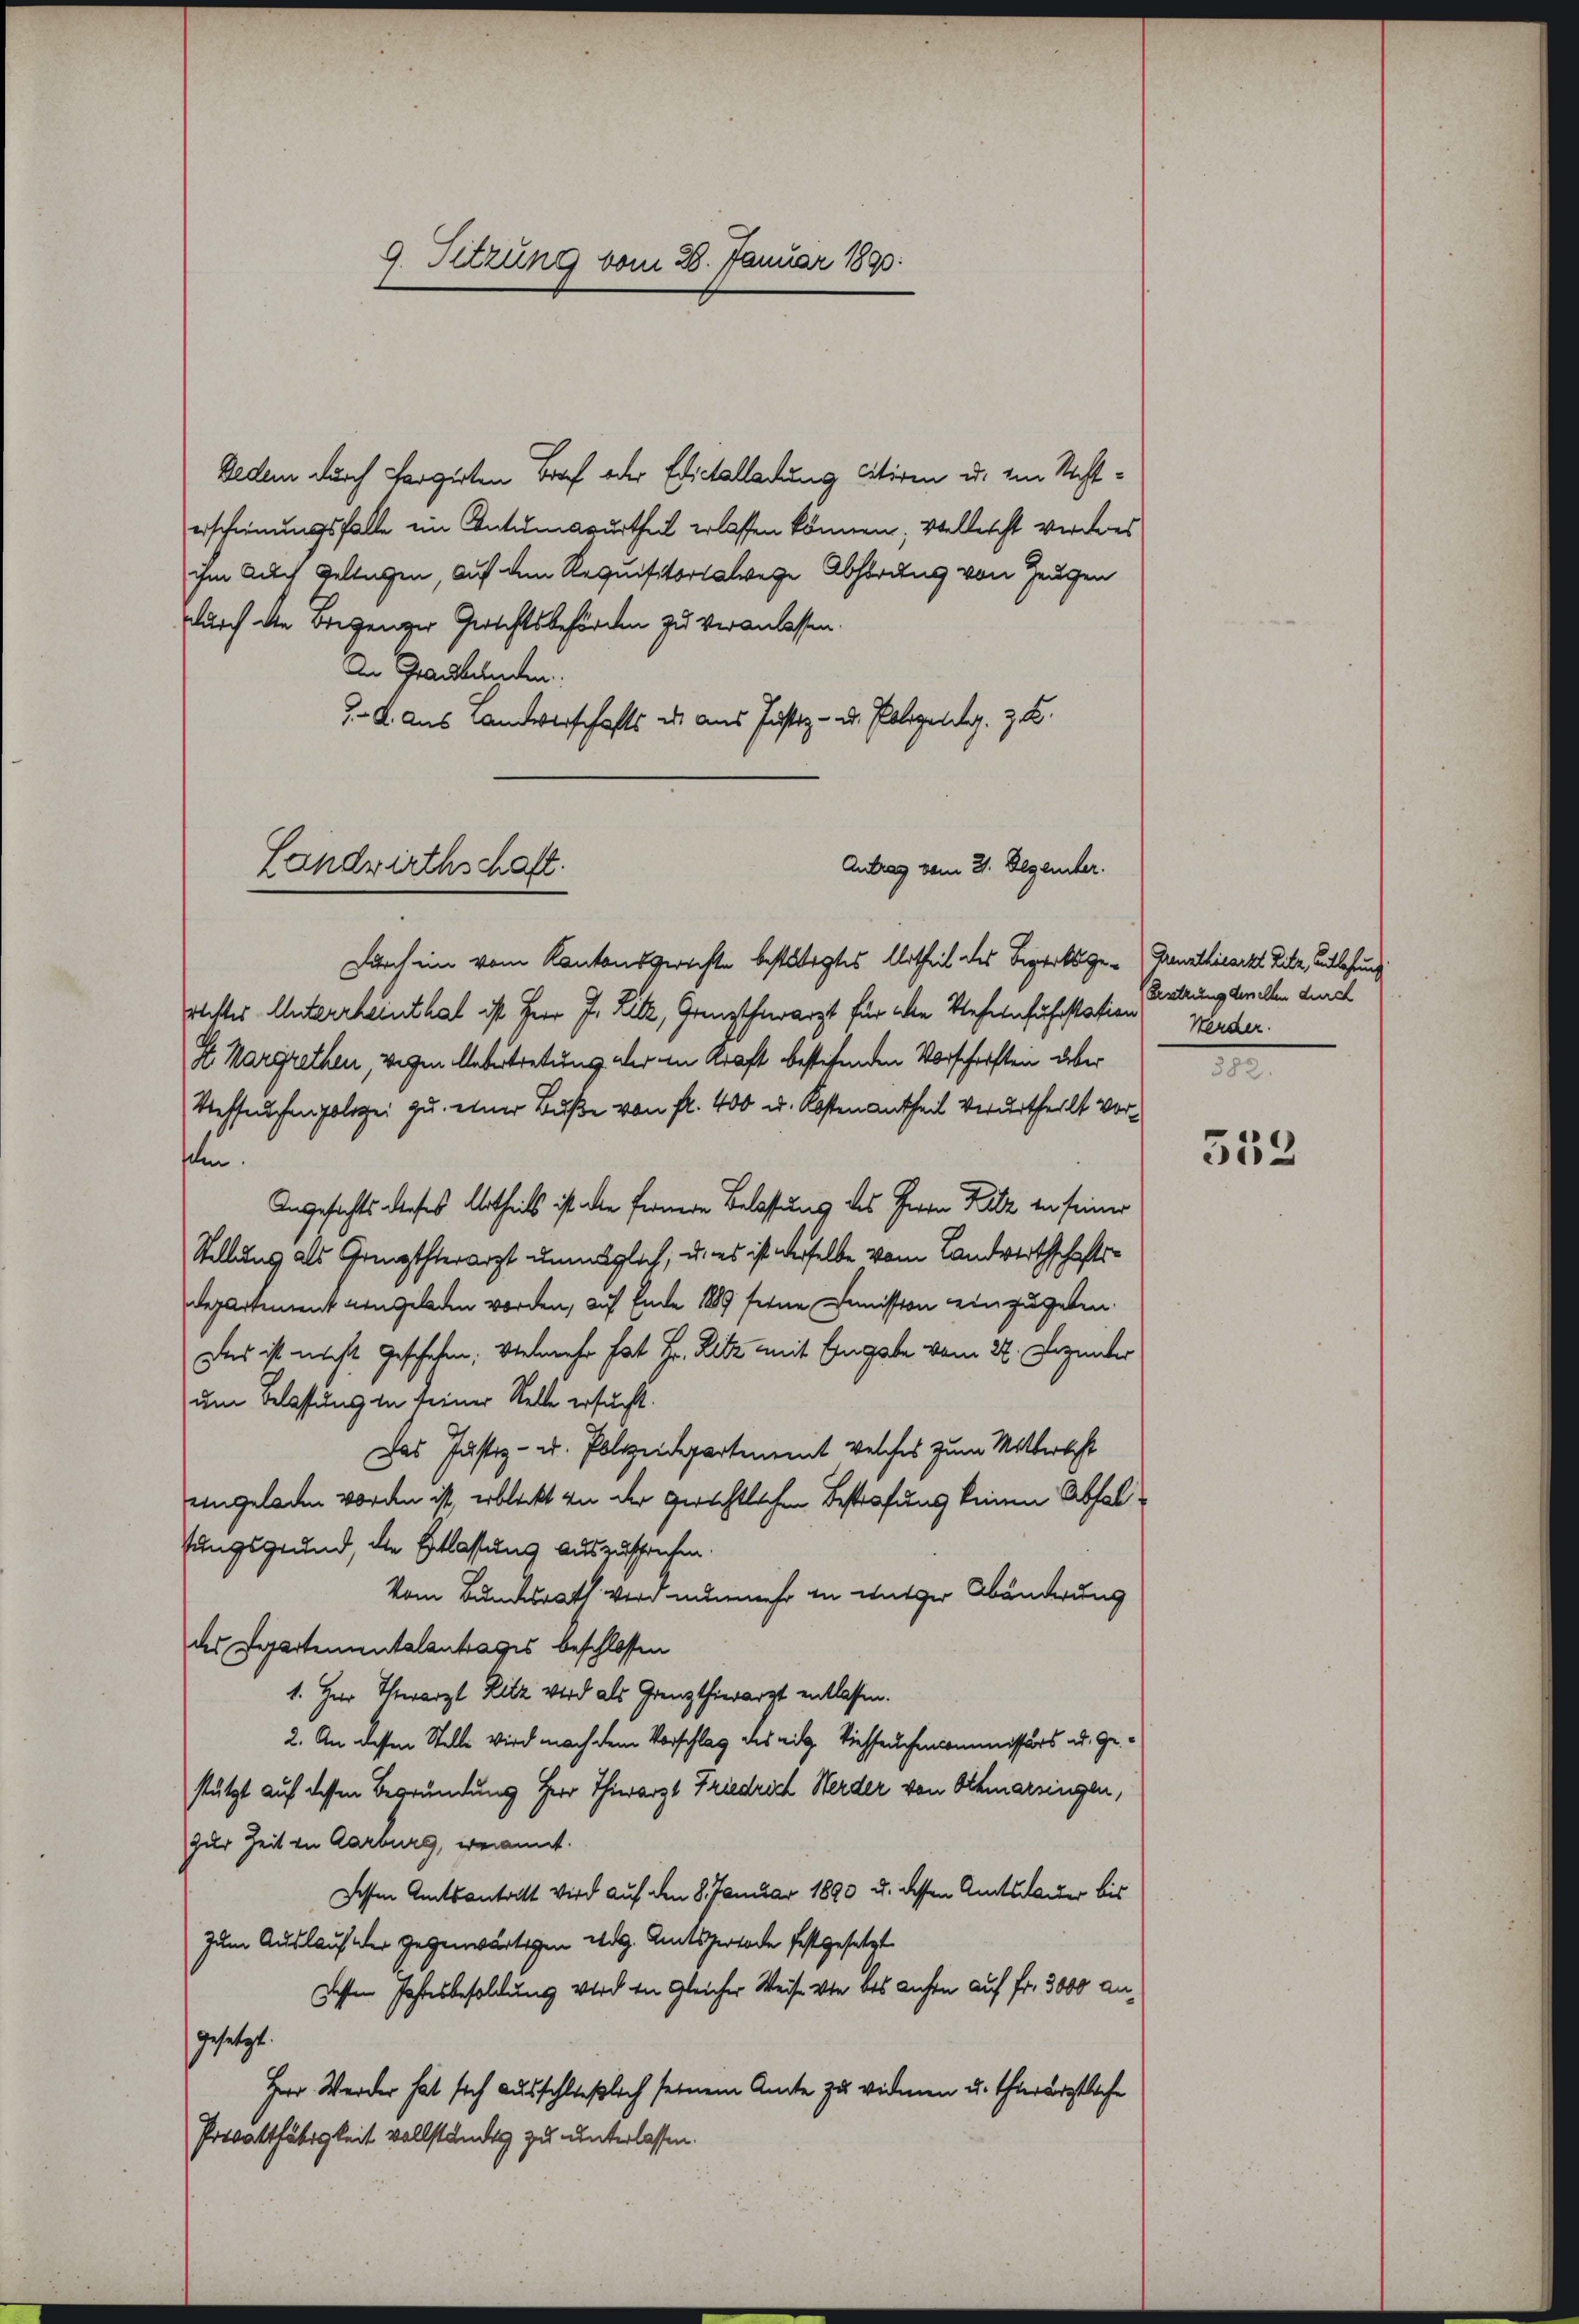
9. Sitzung vom 28. Januar 1890.

Dedem durch Pargirten Brief oder Edictalladung citiren u. im Rechterscheinungsfalle im Intumesurtheil erlassen können; vielleicht verdres
ihm auch Geltagen, auf dem Requisitorialwege Abhörung von Zeugen
durch die Bregenger Gerichtsbehörden zu veranlassen.
In Graubünden
3. k. aus Landverschafts es aus Justiz- u. Polizelg. z. B.
Durch ein vom Kantonsgerichte bestätigtes Urtheil des Bezirksge-Bausthiearzt Fitz, Entlastung
oester Untererheinthat ist Herr J. Letz, Grenzthierarzt für ihre Befeinfuhrstation Werder
St. Margrethen, wegen Uebertretung aber in Kraft bestifenden Vorschriften über
Viehseuchen polizei zu einer Buße von fl. 400 u. Kostenantheil verurtheilt vertem.
Angesichts dieses Urtheils ist die fernere Belassung des Herrn Katz in seiner
Stellung als Grenzthierarzt unmöglich, u. es ist derselbe vom Landwerthschafts¬
Departement angeladen worden, auf Ende 1889 ferne Commission einzugeben.
Das ist nicht geschehen; vielmehr hat Hr. Ritz mit Eingabe vom 24. Dezenter
um Belassung in seiner Stelle ersucht.
Das Justiz- u. Polizeidepartenannt welches zum Mitterlist
eingeladen worden ist, erblickt von der gerichtlichen Bestrafung keinen Abfalfungsgrund, die Entlassung auszusprechen.
Vom Bundesrath wird nunmehr in unter Abänderung
des Departementalantrages beschlossen
1. Herr Thearzt Ritz wird als Grenzthierarzt entlassen.
2. An dessen Stelle wird nach dem Vorschlag des eidg. Viehseuchencommissärs od. Gestützt auf dessen Begründung Herr Thierarzt Friedrich Werder von Othmarsingen,
zur Zeit in Aarburg, genannt.
Fessen Amtsantritt wird auf den 8. Januar 1893 u. dessen Amtsdauer bis
zum Auslauf der gegenwärtigen Weg. Amtsperiode festgesetzt
gesten Jahresbesoldung wird in gleicher Weise von des anchen auf fr. 3000 angesetzt.
Herr Weider hat sich ausschließlich seinem Amte zu widmen u. Thierärztliche
Prevatthätigkeit vollständig zu unterlassen.

Landwirthschaft.
Antrag vom 31. Dezember.

(Ersetzung dersellen durch
.

333